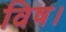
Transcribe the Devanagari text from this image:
विष।